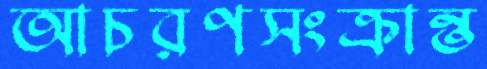
আচরণসংক্রান্ত